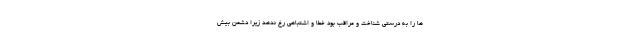
ها را به درستی شناخت و مراقب بود خطا و اشتباهی رخ ندهد زیرا دشمن بیش